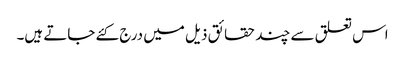
اس تعلق سے چند حقائق ذیل میں درج کئے جاتے ہیں۔